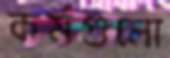
কর্মগুলো